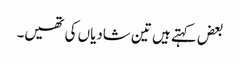
بعض کہتے ہیں تین شادیاں کی تھیں۔